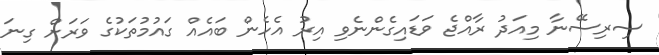
ސިރިސޭނާ މިއަދު ރާއްޖެ ވަޑައިގެންނެވި އިރު އެހެން ބައެއް ގައުމުތަކުގެ ވަރަށް ގިނަ